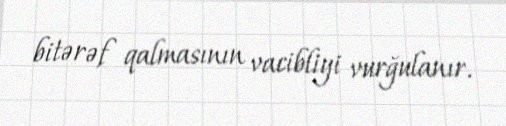
bitərəf qalmasının vacibliyi vurğulanır.